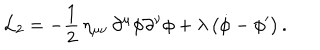
{ \cal L } _ { 2 } = - { \frac { 1 } { 2 } } \, \eta _ { \mu \nu } \, \partial ^ { \mu } \phi \partial ^ { \nu } \phi + \lambda \, \bigl ( \dot { \phi } - \phi ^ { \prime } \bigr ) \, .